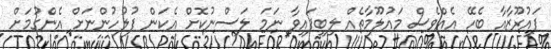
ފައުރޫޒާއާ ބެހޭ އެއްވެސް މައުލޫމާތެއް ލިބިފައިވާ ނަމަ ލަސްނުކޮށް އެކަން ފުލުހުންނަށް އެންގުމަށް